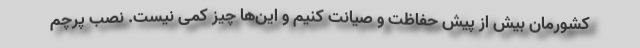
کشورمان بیش از پیش حفاظت و صیانت کنیم و این‌ها چیز کمی نیست. نصب پرچم